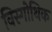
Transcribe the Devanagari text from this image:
विस्गोथिक